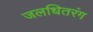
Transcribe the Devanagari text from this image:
जलधितरंग